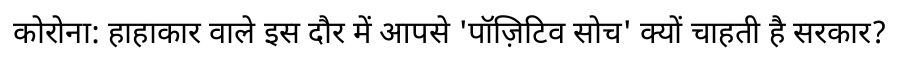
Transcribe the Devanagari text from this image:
कोरोना: हाहाकार वाले इस दौर में आपसे 'पॉज़िटिव सोच' क्यों चाहती है सरकार?